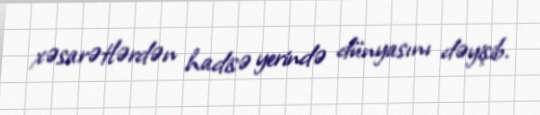
xəsarətlərdən hadisə yerində dünyasını dəyişib.